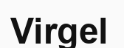
Virgel